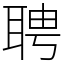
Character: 聘